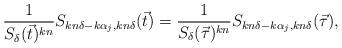
LaTeX: \begin{align*}\frac{1}{S_{\delta}(\vec{t})^{kn}}S_{kn\delta-k\alpha_{j},kn\delta}(\vec{t})=\frac{1}{S_{\delta}(\vec{\tau})^{kn}}S_{kn\delta-k\alpha_{j},kn\delta}(\vec{\tau}),\end{align*}